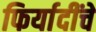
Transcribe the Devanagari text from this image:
फिर्यादींचे